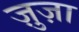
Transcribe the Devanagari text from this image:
ज़ुज़ा